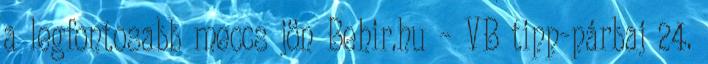
a legfontosabb meccs jön Behir.hu – VB tipp-párbaj 24.